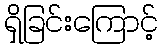
ရှိခြင်းကြောင့်